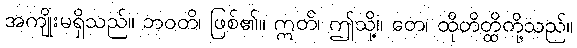
အကျိုးမရှိသည်။ ဘဝတိ၊ ဖြစ်၏။ ဣတိ၊ ဤသို့။ တေ၊ ထိုတိတ္ထိတို့သည်။